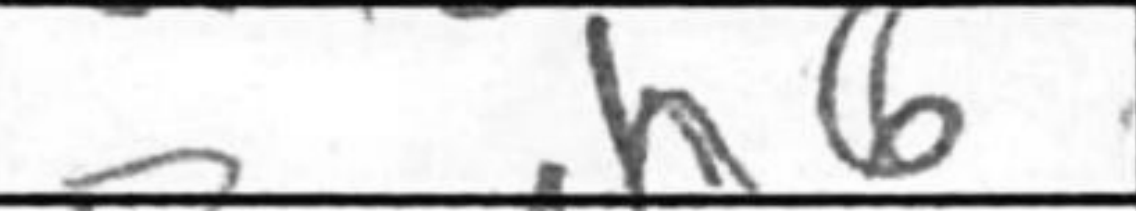
Transcription: h6